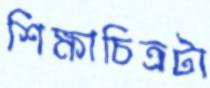
শিক্ষাচিত্রটা